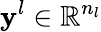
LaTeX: \mathbf{y}^{l}\in\mathbb{R}^{n_{l}}